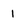
Character: 1